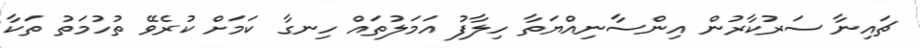
ޗައިނާ ސަރުކާރުން އިންސާނިއްޔަތާ ހިލާފު އަމަލުތައް ހިނގާ ކަމަށް ކުރެވޭ ތުހުމަތު ތަކާ